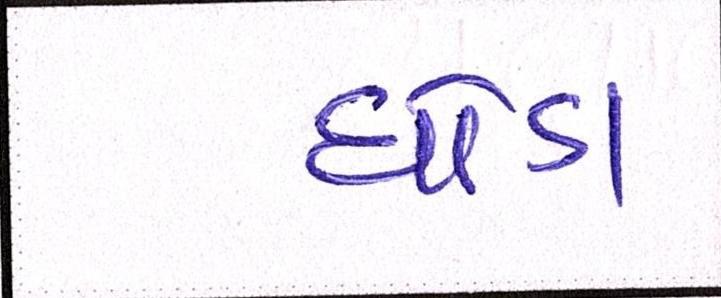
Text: ઘોડા